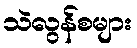
သဲလွန်စများ